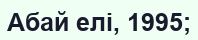
Абай елі, 1995;